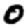
Digit: 0